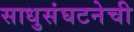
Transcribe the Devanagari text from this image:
साधुसंघटनेची